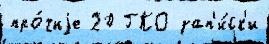
про́чиjе 20 ГКО зап'и́ск'и